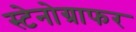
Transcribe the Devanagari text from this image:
स्टेनोग्राफर